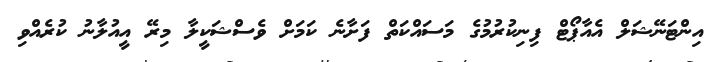
އިންޓަނޭޝަލް އެއާޕޯޓް ފިނިކުރުމުގެ މަސައްކަތް ފަށާނެ ކަމަށް ވެސްޝަކީލާ މިރޭ އީއުލާނު ކުރެއްވި